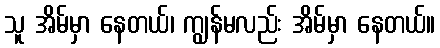
သူ အိမ်မှာ နေတယ်၊ ကျွန်မလည်း အိမ်မှာ နေတယ်။